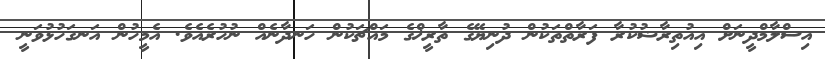
އިސްލާމްދީނަށް އިއުތިރާޟުކުރާ ފަރާތްތަކުން ދުނިޔޭގެ ތާރީޚްގެ މައްޗަކުން ހަނދާނެއް ނުހުރެއެވެ. އެމީހުން އަނގަހުޅުވަނީ